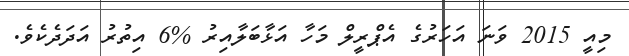
މިއީ 2015 ވަނަ އަހަރުގެ އެޕްރީލް މަހާ އަޅާބަލާއިރު %6 އިތުރު އަދަދެކެވެ.